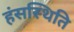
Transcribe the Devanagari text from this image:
हंसस्थिति